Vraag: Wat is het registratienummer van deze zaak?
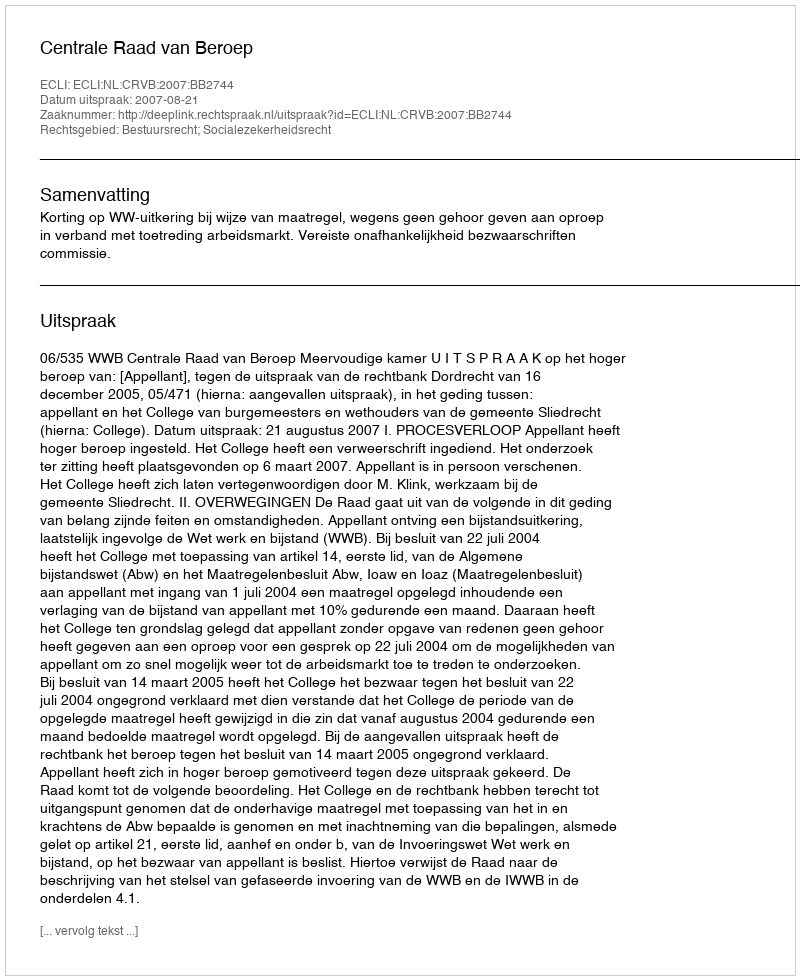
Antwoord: http://deeplink.rechtspraak.nl/uitspraak?id=ECLI:NL:CRVB:2007:BB2744